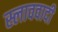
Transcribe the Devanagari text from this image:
स्लाववादी